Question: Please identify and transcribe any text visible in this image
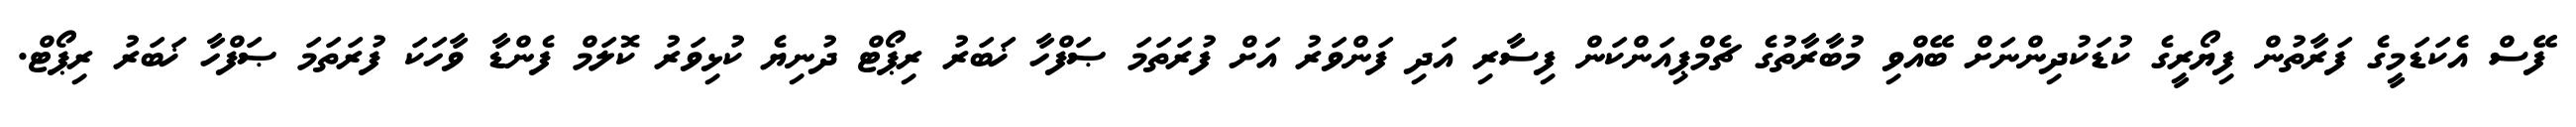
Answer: ފޭސް އެކަޑަމީގެ ފަރާތުން ފިޔޯރީގެ ކުޑަކުދިންނަށް ބޭއްވި މުބާރާތުގެ ޗެމްޕިއަންކަން ފިސާރި އަދި ފަންވަރު އަށް ފުރަތަމަ ޞަފްހާ ޚަބަރު ރިޕޯޓް ދުނިޔެ ކުޅިވަރު ކޮލަމް ފެންޑާ ވާހަކަ ފުރަތަމަ ޞަފްހާ ޚަބަރު ރިޕޯޓް.